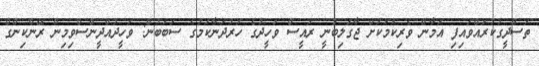
ތަސްދީގުކުރައްވައިފި އަމާން ވެރިކަމަކަށް ޖާގަލިބުނީ ރައީސް ވަހީދުގެ ހަރުދަނާކަމުގެ ސަބަބުން: ވަހީދުއްދީންސްވިމިން ރޭންކިންގް